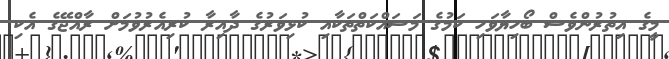
މީގެ އިތުރުންވެސް ބޯހިޔާވަހި ކަމުގެ މަސައްކަތްތަކާއި ކުޅިވަރުގެ ދާއިރާ ކުރިއެރުވުމަށް ރާއްޖޭގެ އެކި